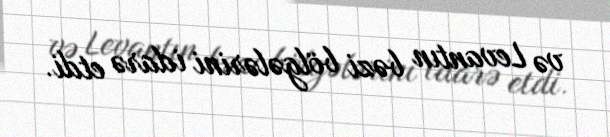
və Levantın bəzi bölgələrini idarə etdi.